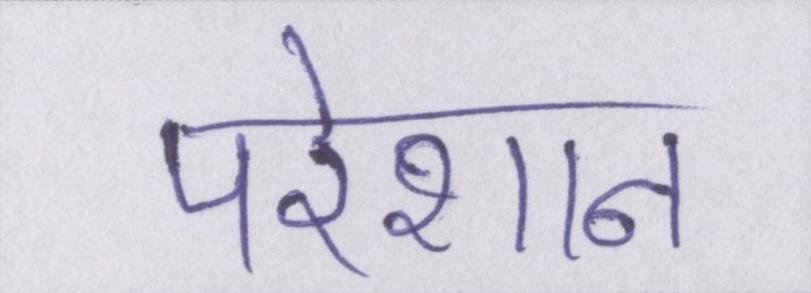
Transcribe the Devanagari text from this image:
परेशान